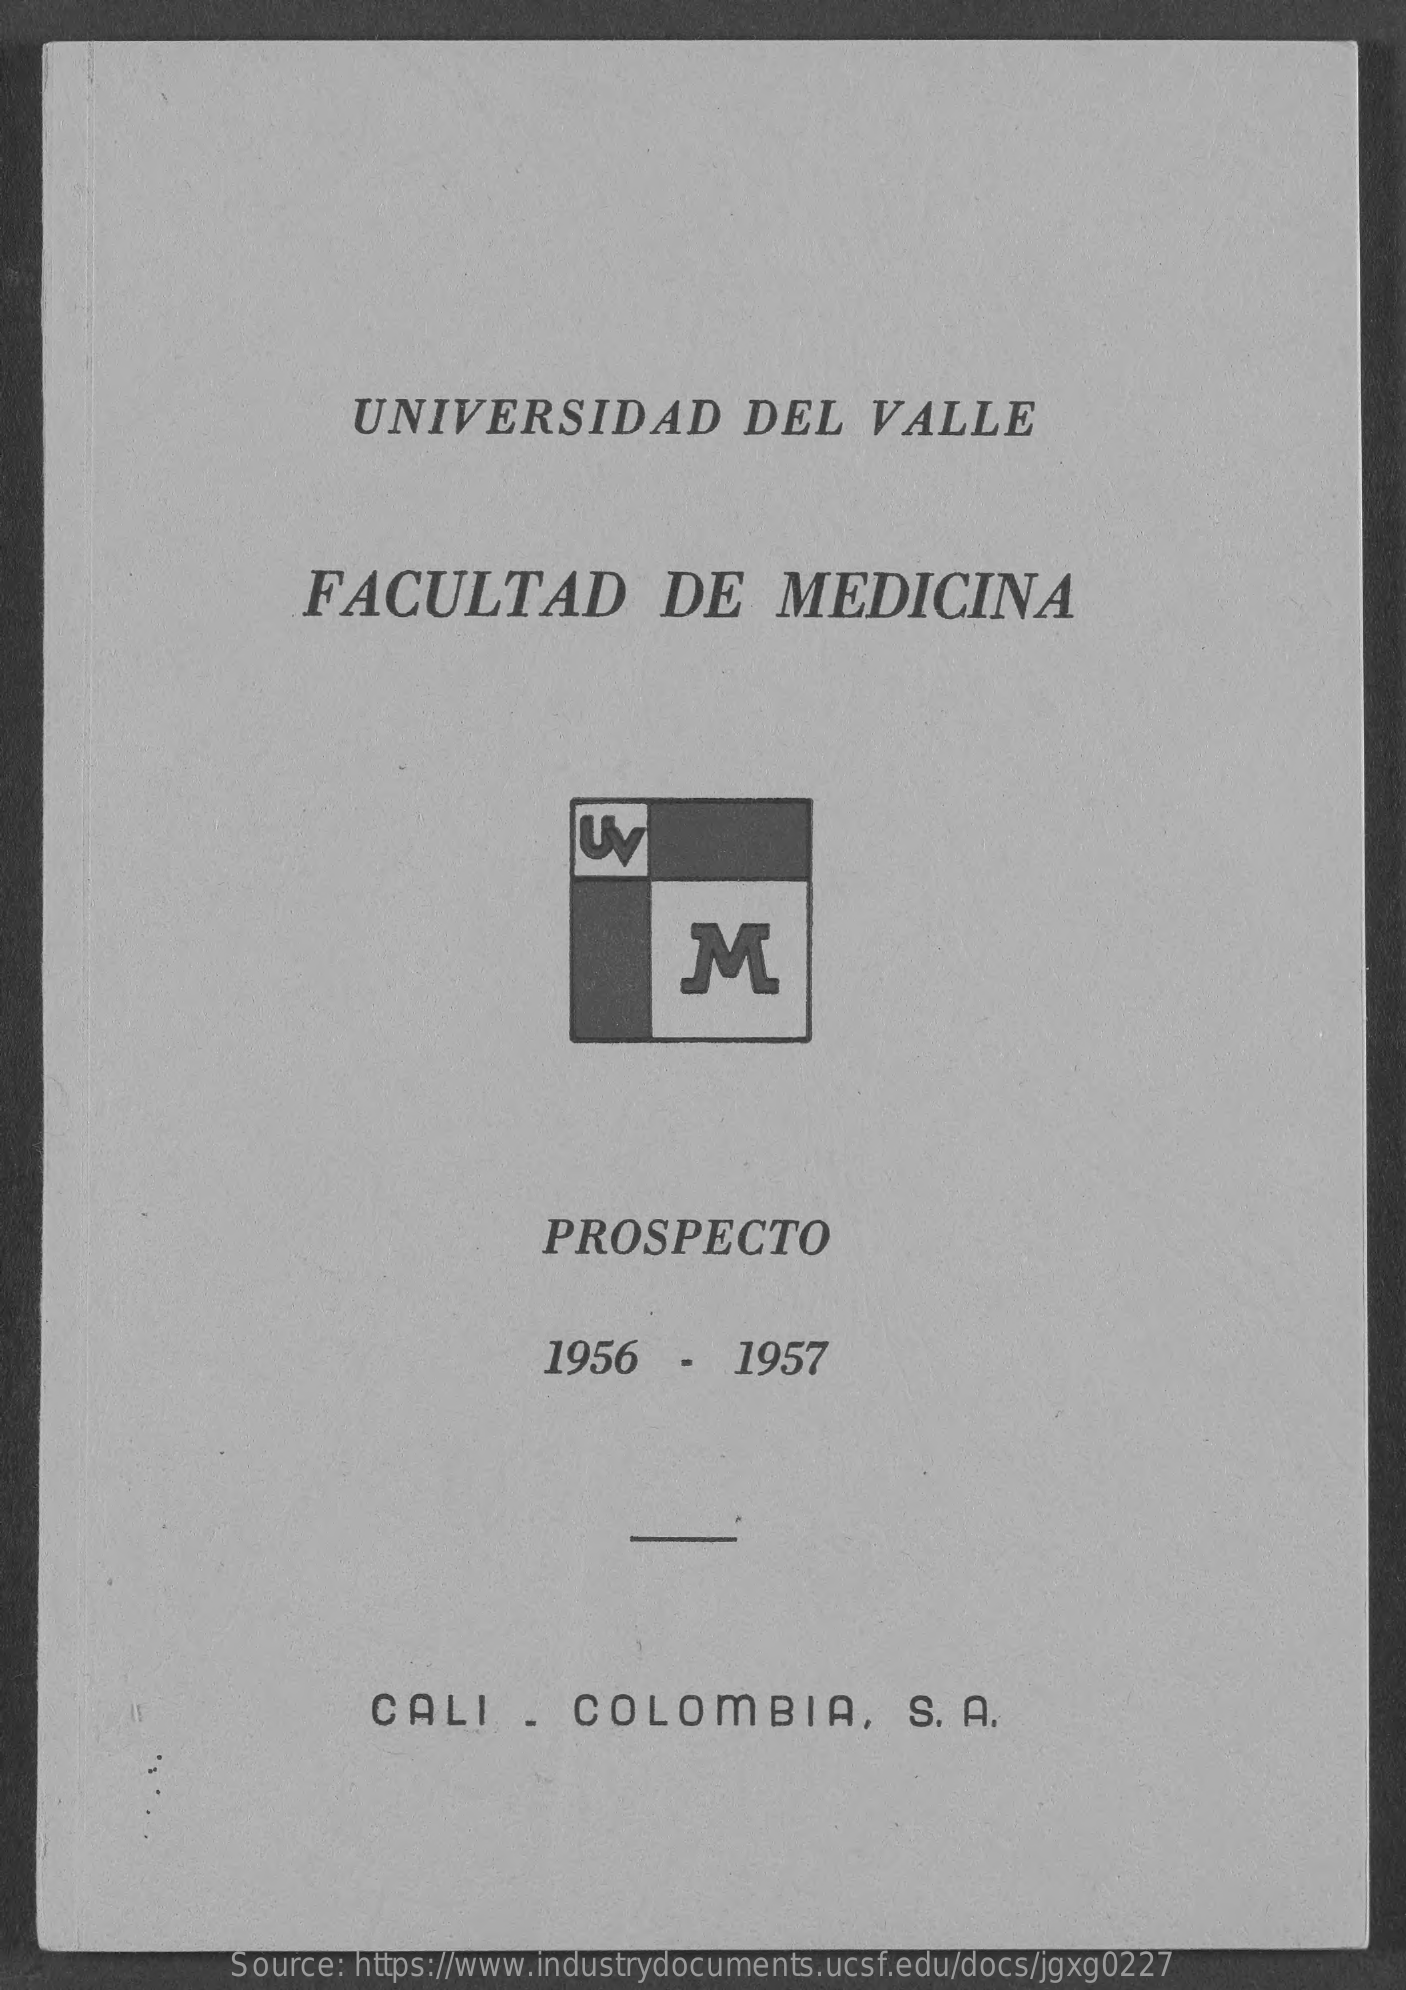
UNIVERSIDAD    DEL    VALLE
     FACULTAD    DE    MEDICINA
     M
     PROSPECTO
     1956    -   1957
     CALI    .  COLOMBIA,    S. A.
     Source: https://www.industrydocuments.ucsf.edu/docs/jgxg0227